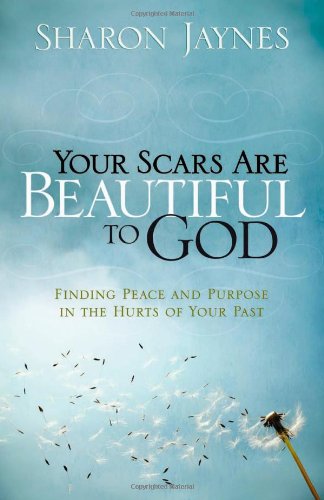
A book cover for Your Scars Are Beautiful to God: Finding Peace and Purpose in the Hurts of Your Past; Sharon Jaynes; Christian Books & Bibles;